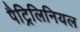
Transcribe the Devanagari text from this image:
पैट्रिलिनियल